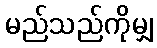
မည်သည်ကိုမျှ